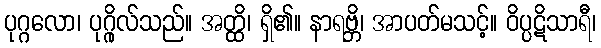
ပုဂ္ဂလော၊ ပုဂ္ဂိုလ်သည်။ အတ္ထိ၊ ရှိ၏။ နာရဗ္ဘိ၊ အာပတ်မသင့်။ ဝိပ္ပဋိသာရီ၊